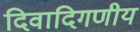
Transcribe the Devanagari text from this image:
दिवादिगणीय